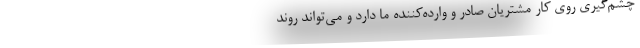
چشم‌گیری روی کار مشتریان صادر و وارده‌کننده ما دارد و می‌تواند روند